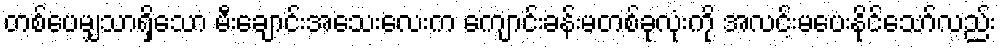
တစ်ပေမျှသာရှိသော မီးချောင်းအသေးလေးက ကျောင်းခန်းမတစ်ခုလုံးကို အလင်းမပေးနိုင်သော်လည်း